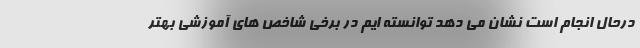
درحال انجام است نشان می دهد توانسته ایم در برخی شاخص های آموزشی بهتر